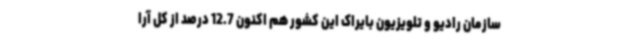
سازمان رادیو و تلویزیون بایراک این کشور هم اکنون 12.7 درصد از کل آرا